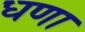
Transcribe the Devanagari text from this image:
धणा